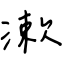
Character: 漱